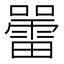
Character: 𡃷